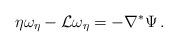
LaTeX: \begin{align*} \eta \omega_{\eta} - \mathcal{L} \omega_{\eta} = - \nabla^*\Psi\,. \end{align*}